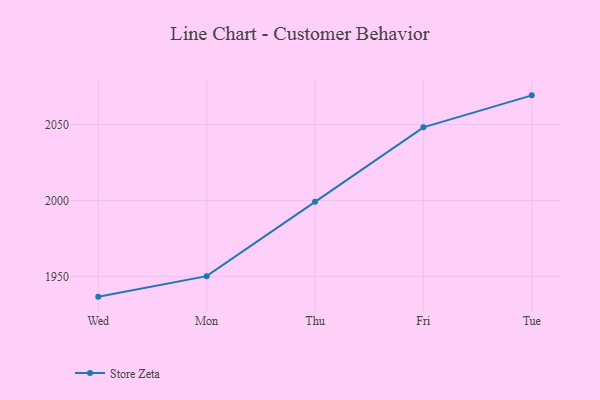
{"axis": {"x": "Day", "y": "Market Share (%)"}, "legend": ["Store Zeta"], "data": [{"x": "Wed", "y": 1936.6, "type": "Store Zeta"}, {"x": "Mon", "y": 1950.1, "type": "Store Zeta"}, {"x": "Thu", "y": 1999.1, "type": "Store Zeta"}, {"x": "Fri", "y": 2048.2, "type": "Store Zeta"}, {"x": "Tue", "y": 2069.3, "type": "Store Zeta"}]}